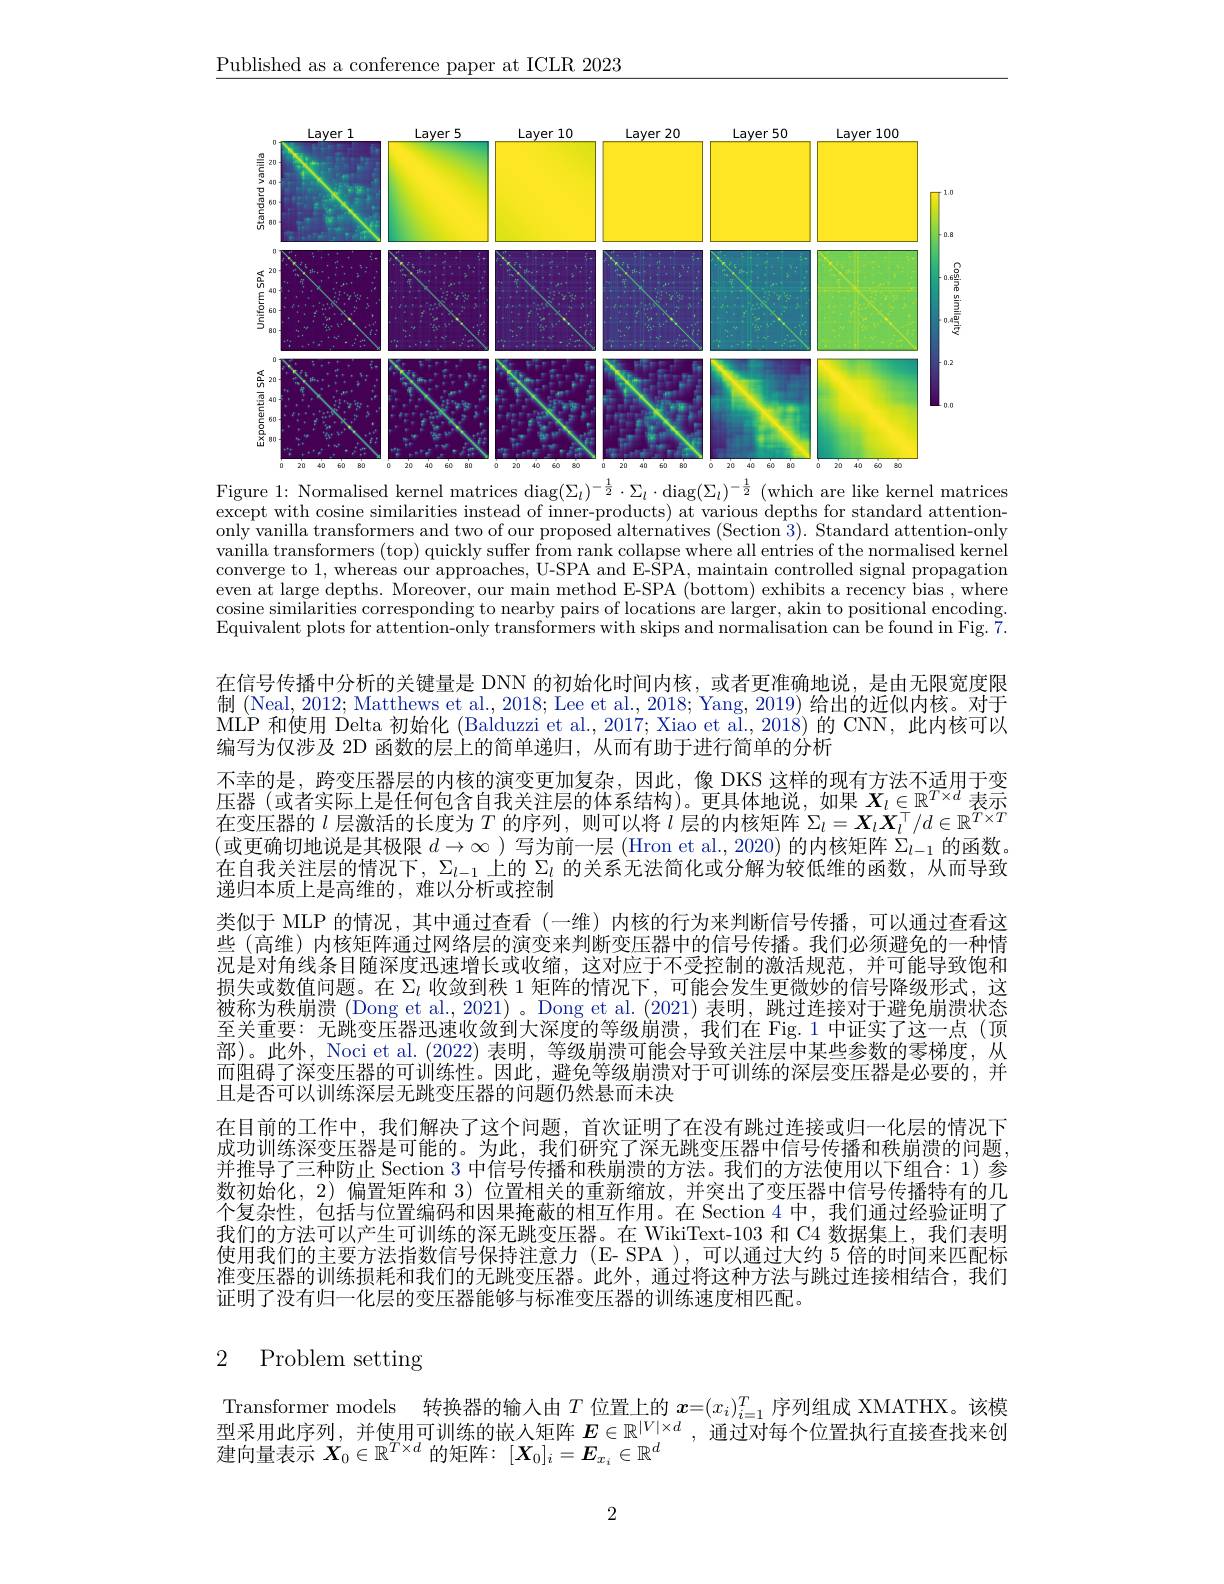
$\underline{\text{Published as a conference paper at ICLR 2023}}$

<FigureHere>
Figure 1: Normalised kernel matrices $\operatorname{diag}(\Sigma_t)^{-\frac12}\cdot\Sigma_t\cdot\operatorname{diag}(\Sigma_t)^{-\frac12}$ (which are like kernel matrices

except with cosine similarities instead of inner-products) at various depths for standard attentiononly vanilla transformers and two of our proposed alternatives (Section 3). Standard attention-only vanilla transformers (top) quickly suffer from rank collapse where all entries of the normalised kernel converge to 1, whereas our approaches, U-SPA and E-SPA, maintain controlled signal propagation even at large depths. Moreover, our main method E-SPA (bottom) exhibits a recency bias , where cosine similarities corresponding to nearby pairs of locations are larger, akin to positional encoding. cosine similarities corresponding to nearby pairs of locations are larger, akin to positionalencoding. cosine similarities corresponding to Equivalent plots for attention- only transformers with skips and normalisation can be found in Fig. 7.

在信号传播中分析的关键量是 DNN 的初始化时间内核，或者更准确地说，是由无限宽度限制 (Neal, 2012; Matthews et al., 2018; Lee et al., 2018; Yang, 2019) 给出的近似内核。对于MLP 和使用 Delta 初始化 (Balduzzi et al., 2017; Xiao et al., 2018) 的 CNN, 此内核可以编写为仅涉及 2D 函数的层上的简单递归，从而有助于进行简单的分析
不幸的是，跨变压器层的内核的演变更加复杂，因此，像 DKS 这样的现有方法不适用于变压器 (或者实际上是任何包含自我关注层的体系结构)。更具体地说，如果$\boldsymbol{X}_l\in\mathbb{R}^{T\times d}$表示在变压器的$l$层激活的长度为$T$的序列，则可以将$l$层的内核矩阵$\Sigma_l=\boldsymbol{X}_l\boldsymbol{X}_l^\top/d\in\mathbb{R}^{T\times T}$ (或更确切地说是其极限$d\to\infty$ )写为前一层 (Hron et al., 2020) 的内核矩阵$\Sigma_l-1$的函数。在自我关注层的情况下，$\Sigma_{l-1}$上的$\Sigma_l$的关系无法简化或分解为较低维的函数，从而导致递归本质上是高维的，难以分析或控制
类似于 MLP 的情况，其中通过查看(一维)内核的行为来判断信号传播，可以通过查看这些 (高维) 内核矩阵通过网络层的演变来判断变压器中的信号传播。我们必须避免的一种情况是对角线条目随深度迅速增长或收缩，这对应于不受控制的激活规范，并可能导致饱和损失或数值问题。在$\Sigma_l$收敛到秩 1 矩阵的情况下，可能会发生更微妙的信号降级形式，这被称为秩崩溃 (Dong et al., 2021)。Dong et al. (2021) 表明，跳过连接对于避免崩溃状态至关重要：无跳变压器迅速收敛到大深度的等级崩溃，我们在 Fig.1 中证实了这一点(顶部)。此外，Noci et al. (2022) 表明，等级崩溃可能会导致关注层中某些参数的零梯度，从而阻碍了深变压器的可训练性。因此，避免等级崩溃对于可训练的深层变压器是必要的，并且是否可以训练深层无跳变压器的问题仍然悬而未决
在目前的工作中，我们解决了这个问题，首次证明了在没有跳过连接或归一化层的情况下成功训练深变压器是可能的。为此，我们研究了深无跳变压器中信号传播和秩崩溃的问题， 并推导了三种防止 Section 3 中信号传播和秩崩溃的方法。我们的方法使用以下组合：1)参数初始化，2)偏置矩阵和 3)位置相关的重新缩放，并突出了变压器中信号传播特有的儿个复杂性，包括与位置编码和因果掩蔽的相互作用。在 Section 4 中，我们通过经验证明了我们的方法可以产生可训练的深无跳变压器。在 WikiText-103 和 C4 数据集上，我们表明使用我们的主要方法指数信号保持注意力 (E- SPA ),可以通过大约 5 倍的时间来匹配标准变压器的训练损耗和我们的无跳变压器。此外，通过将这种方法与跳过连接相结合，我们证明了没有归一化层的变压器能够与标准变压器的训练速度相匹配。

## 2 Problem setting

Transformer models 转 换 器 的 输 入 由  $T$ 位 置 上 的  $x= ( x_i) _{i= 1}^T$序 列 组 成  XMATHX。 该 模  型 采 用 此 序 列 , 并 使 用 可 训 练 的 嵌 人 矩 阵  $E\in \mathbb{R} ^{| V| \times d}$, 通 过 对 每 个 位 置 执 行 直 接 查 找 来 创
建向量表示$X_0\in\mathbb{R}^{T\times d}$的矩阵：$[X_0]_i=E_{x_i}\in\mathbb{R}^d$

2